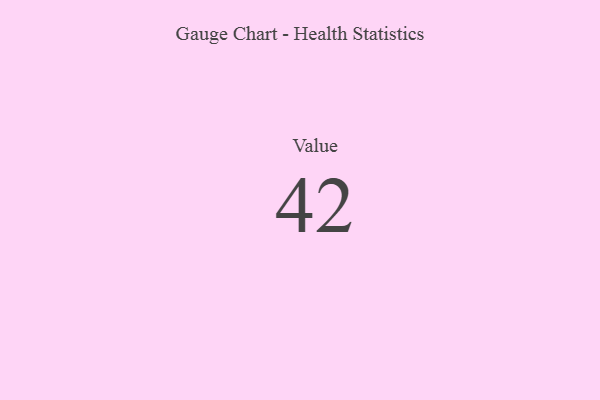
{"axis": {"x": "Metric", "y": "Value"}, "legend": [""], "data": [{"x": "Value", "y": 42, "type": ""}]}